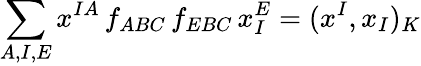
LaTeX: \sum_{A,I,E}x^{IA}\, f_{ABC}\, f_{EBC}\, x_{I}^{E}=(x^{I},x_{I})_{K}